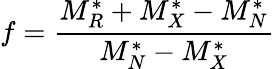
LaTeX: f=\frac{M_{R}^{*}+M_{X}^{*}-M_{N}^{*}}{M_{N}^{*}-M_{X}^{*}}